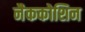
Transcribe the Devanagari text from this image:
नैककोशिन